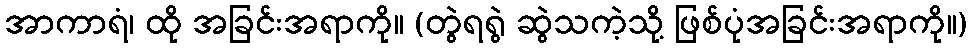
အာကာရံ၊ ထို အခြင်းအရာကို။ (တွဲရရွဲ ဆွဲသကဲ့သို့ ဖြစ်ပုံအခြင်းအရာကို။)